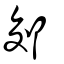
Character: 郊